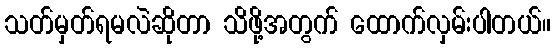
သတ်မှတ်ရမလဲဆိုတာ သိဖို့အတွက် ထောက်လှမ်းပါတယ်။